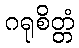
ဂရုစိတ္တံ